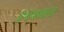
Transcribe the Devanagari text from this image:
अश्वथामाला